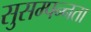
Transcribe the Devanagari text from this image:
सुसम्पन्नता